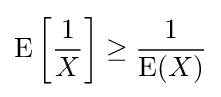
\operatorname {E} \left[{\frac {1}{X}}\right]\geq {\frac {1}{\operatorname {E} (X)}}